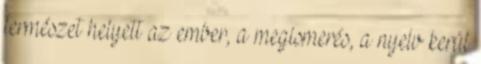
természet helyett az ember, a megismerés, a nyelv kerül